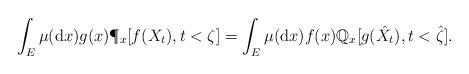
LaTeX: \begin{align*} \int_E \mu({\rm d}x) g(x)\P_x[f(X_t),t<\zeta]=\int_E \mu({\rm d}x) f(x)\mathbb Q_x[g(\hat{X}_t),t<\hat{\zeta}]. \end{align*}